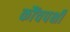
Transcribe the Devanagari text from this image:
कौंचपक्षी